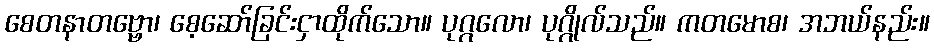
စေတနာတဗ္ဗော၊ စေ့ဆော်ခြင်းငှာထိုက်သော။ ပုဂ္ဂလော၊ ပုဂ္ဂိုလ်သည်။ ကတမောစ၊ အဘယ်နည်း။